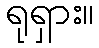
ရုရှား။